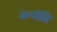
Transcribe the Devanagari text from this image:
अप्पेन्नि